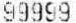
99999